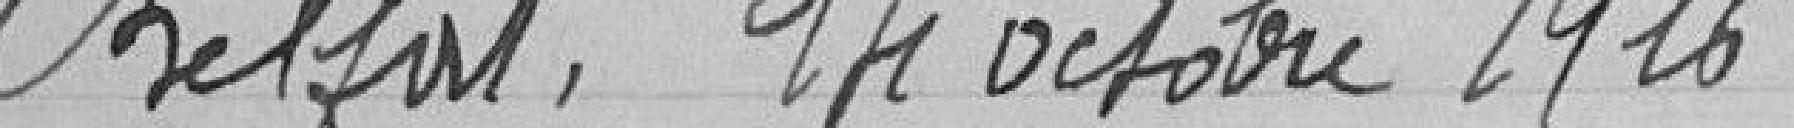
Belfort, 14 octobre 1916